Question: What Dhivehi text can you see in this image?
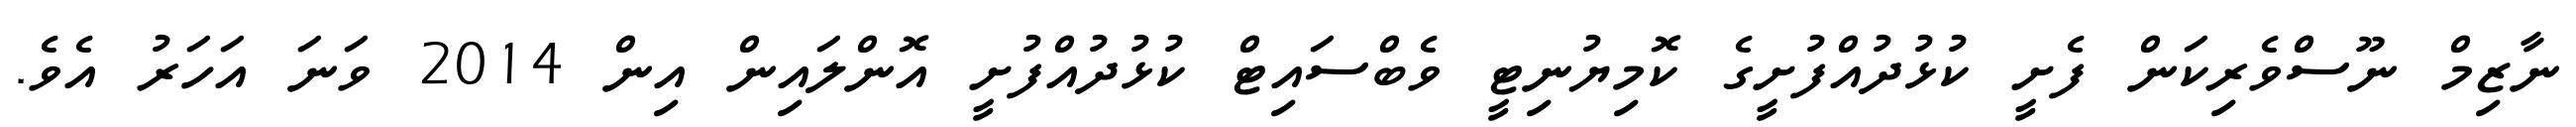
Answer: ނާޒިމް ނޫސްވެރިކަން ފެށީ ކުޅުދުއްފުށީގެ ކޮމިޔުނިޓީ ވެބްސައިޓް ކުޅުދުއްފުށީ އޮންލައިން އިން 2014 ވަނަ އަހަރު އެވެ.